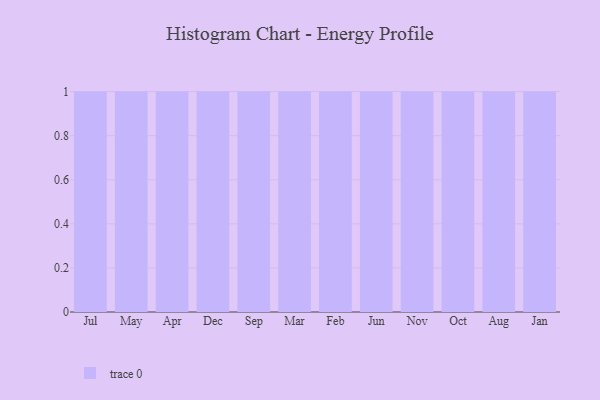
{"axis": {"x": "Month", "y": "Net Income (USD K)"}, "legend": [""], "data": [{"x": "Jul", "y": 3, "type": ""}, {"x": "May", "y": 23, "type": ""}, {"x": "Apr", "y": 46, "type": ""}, {"x": "Dec", "y": 32, "type": ""}, {"x": "Sep", "y": 37, "type": ""}, {"x": "Mar", "y": 4, "type": ""}, {"x": "Feb", "y": 8, "type": ""}, {"x": "Jun", "y": 34, "type": ""}, {"x": "Nov", "y": 61, "type": ""}, {"x": "Oct", "y": 80, "type": ""}, {"x": "Aug", "y": 2, "type": ""}, {"x": "Jan", "y": 93, "type": ""}]}